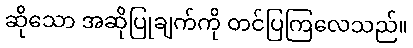
ဆိုသော အဆိုပြုချက်ကို တင်ပြကြလေသည်။